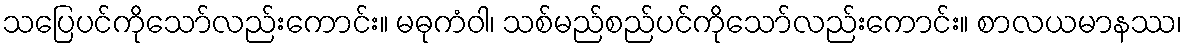
သပြေပင်ကိုသော်လည်းကောင်း။ မဓုကံဝါ၊ သစ်မည်စည်ပင်ကိုသော်လည်းကောင်း။ စာလယမာနဿ၊